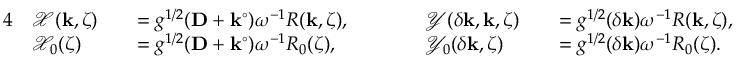
\begin{array} { r l r l r l r l } { { 4 } } & { \mathcal { X } ( \mathbf { k } , \zeta ) } & & { = g ^ { 1 / 2 } ( \mathbf { D } + \mathbf { k } ^ { \circ } ) \omega ^ { - 1 } R ( \mathbf { k } , \zeta ) , \qquad } & & { \mathcal { Y } ( \delta \mathbf { k } , \mathbf { k } , \zeta ) } & & { = g ^ { 1 / 2 } ( \delta \mathbf { k } ) \omega ^ { - 1 } R ( \mathbf { k } , \zeta ) , } \\ & { \mathcal { X } _ { 0 } ( \zeta ) } & & { = g ^ { 1 / 2 } ( \mathbf { D } + \mathbf { k } ^ { \circ } ) \omega ^ { - 1 } R _ { 0 } ( \zeta ) , \qquad } & & { \mathcal { Y } _ { 0 } ( \delta \mathbf { k } , \zeta ) } & & { = g ^ { 1 / 2 } ( \delta \mathbf { k } ) \omega ^ { - 1 } R _ { 0 } ( \zeta ) . } \end{array}